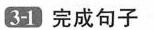
3-1完成句子